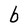
Character: b